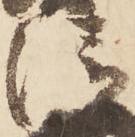
清